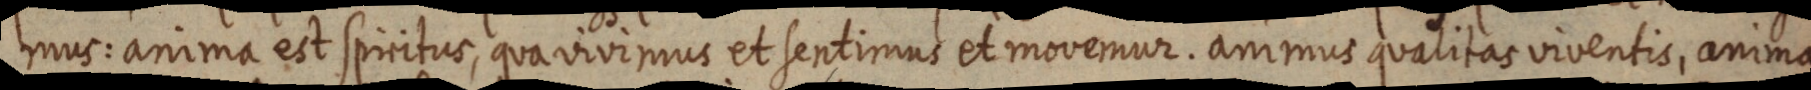
mus: anima est spiritus, qua vivimus et sentimus et movemur. animus qualitas viventis, anima